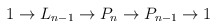
\begin{align*} 1 \to L_{n-1} \to P_n \to P_{n-1} \to 1\end{align*}